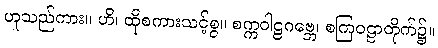
ဟူသည်ကား။ ဟိ၊ ထိုစကားသင့်စွ။ စက္ကဝါဠဂဗ္ဘေ၊ စကြဝဠာတိုက်၌။